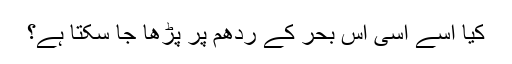
کیا اسے اسی اس بحر کے ردھم پر پڑھا جا سکتا ہے؟